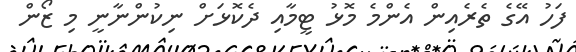
ފަހު އޭގެ ތެރެއިން އެންމެ މޮޅު ޓީމާއި ދެކޮޅަށް ނިކުންނާނީ މި ޒޯން